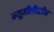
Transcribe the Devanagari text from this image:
न्यूजीलैंडटीम